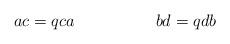
LaTeX: \begin{align*}\ \ \ \ \ \ \ ac=qca\ \ \ \ \ \ \ \ \ \ \ \ \ \ \ bd=qdb\end{align*}